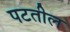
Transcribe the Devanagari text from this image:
पटतील